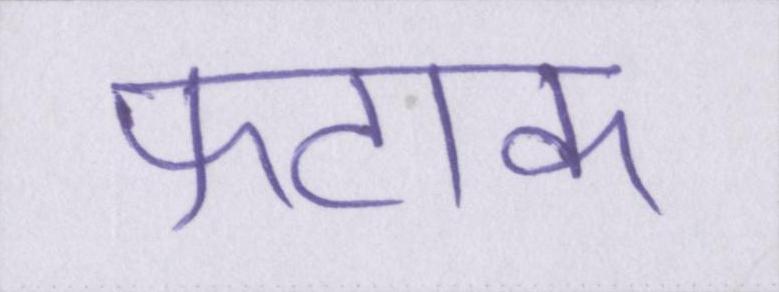
फटाक